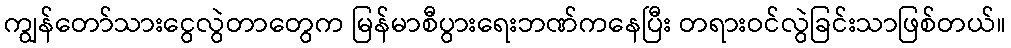
ကျွန်တော်သားငွေလွဲတာတွေက မြန်မာစီပွားရေးဘဏ်ကနေပြီး တရားဝင်လွဲခြင်းသာဖြစ်တယ်။